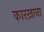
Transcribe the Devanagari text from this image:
कारख़ाना